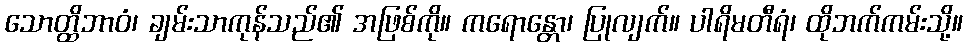
သောတ္ထိဘာဝံ၊ ချမ်းသာကုန်သည်၏ အဖြစ်ကို။ ကရောန္တော၊ ပြုလျက်။ ပါရိမတီရံ၊ ထိုဘက်ကမ်းသို့။